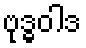
ဗုဒ္ဓဝါဒ